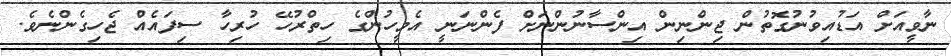
ނާވީއަށް އަޑުއިވުނުގޮތުން ޖިންނިން އިންސާނުންނަށް ފެންނަނީ އެމީހުންގެ ހިތްރުހޭ ހުރިހާ ސިފައެއް ޖެހިގެންނެވެ.